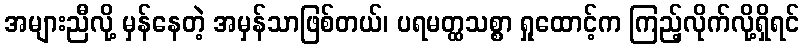
အများညီလို့ မှန်နေတဲ့ အမှန်သာဖြစ်တယ်၊ ပရမတ္ထသစ္စာ ရှုထောင့်က ကြည့်လိုက်လို့ရှိရင်